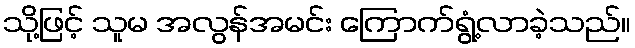
သို့ဖြင့် သူမ အလွန်အမင်း ကြောက်ရွံ့လာခဲ့သည်။